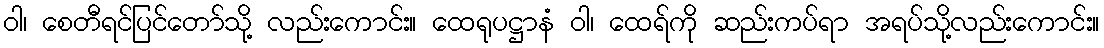
ဝါ၊ စေတီရင်ပြင်တော်သို့ လည်းကောင်း။ ထေရုပဋ္ဌာနံ ဝါ၊ ထေရ်ကို ဆည်းကပ်ရာ အရပ်သို့လည်းကောင်း။